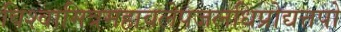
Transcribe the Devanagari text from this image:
विश्वामित्रमहावलेपजलधिप्रोद्यत्तपो